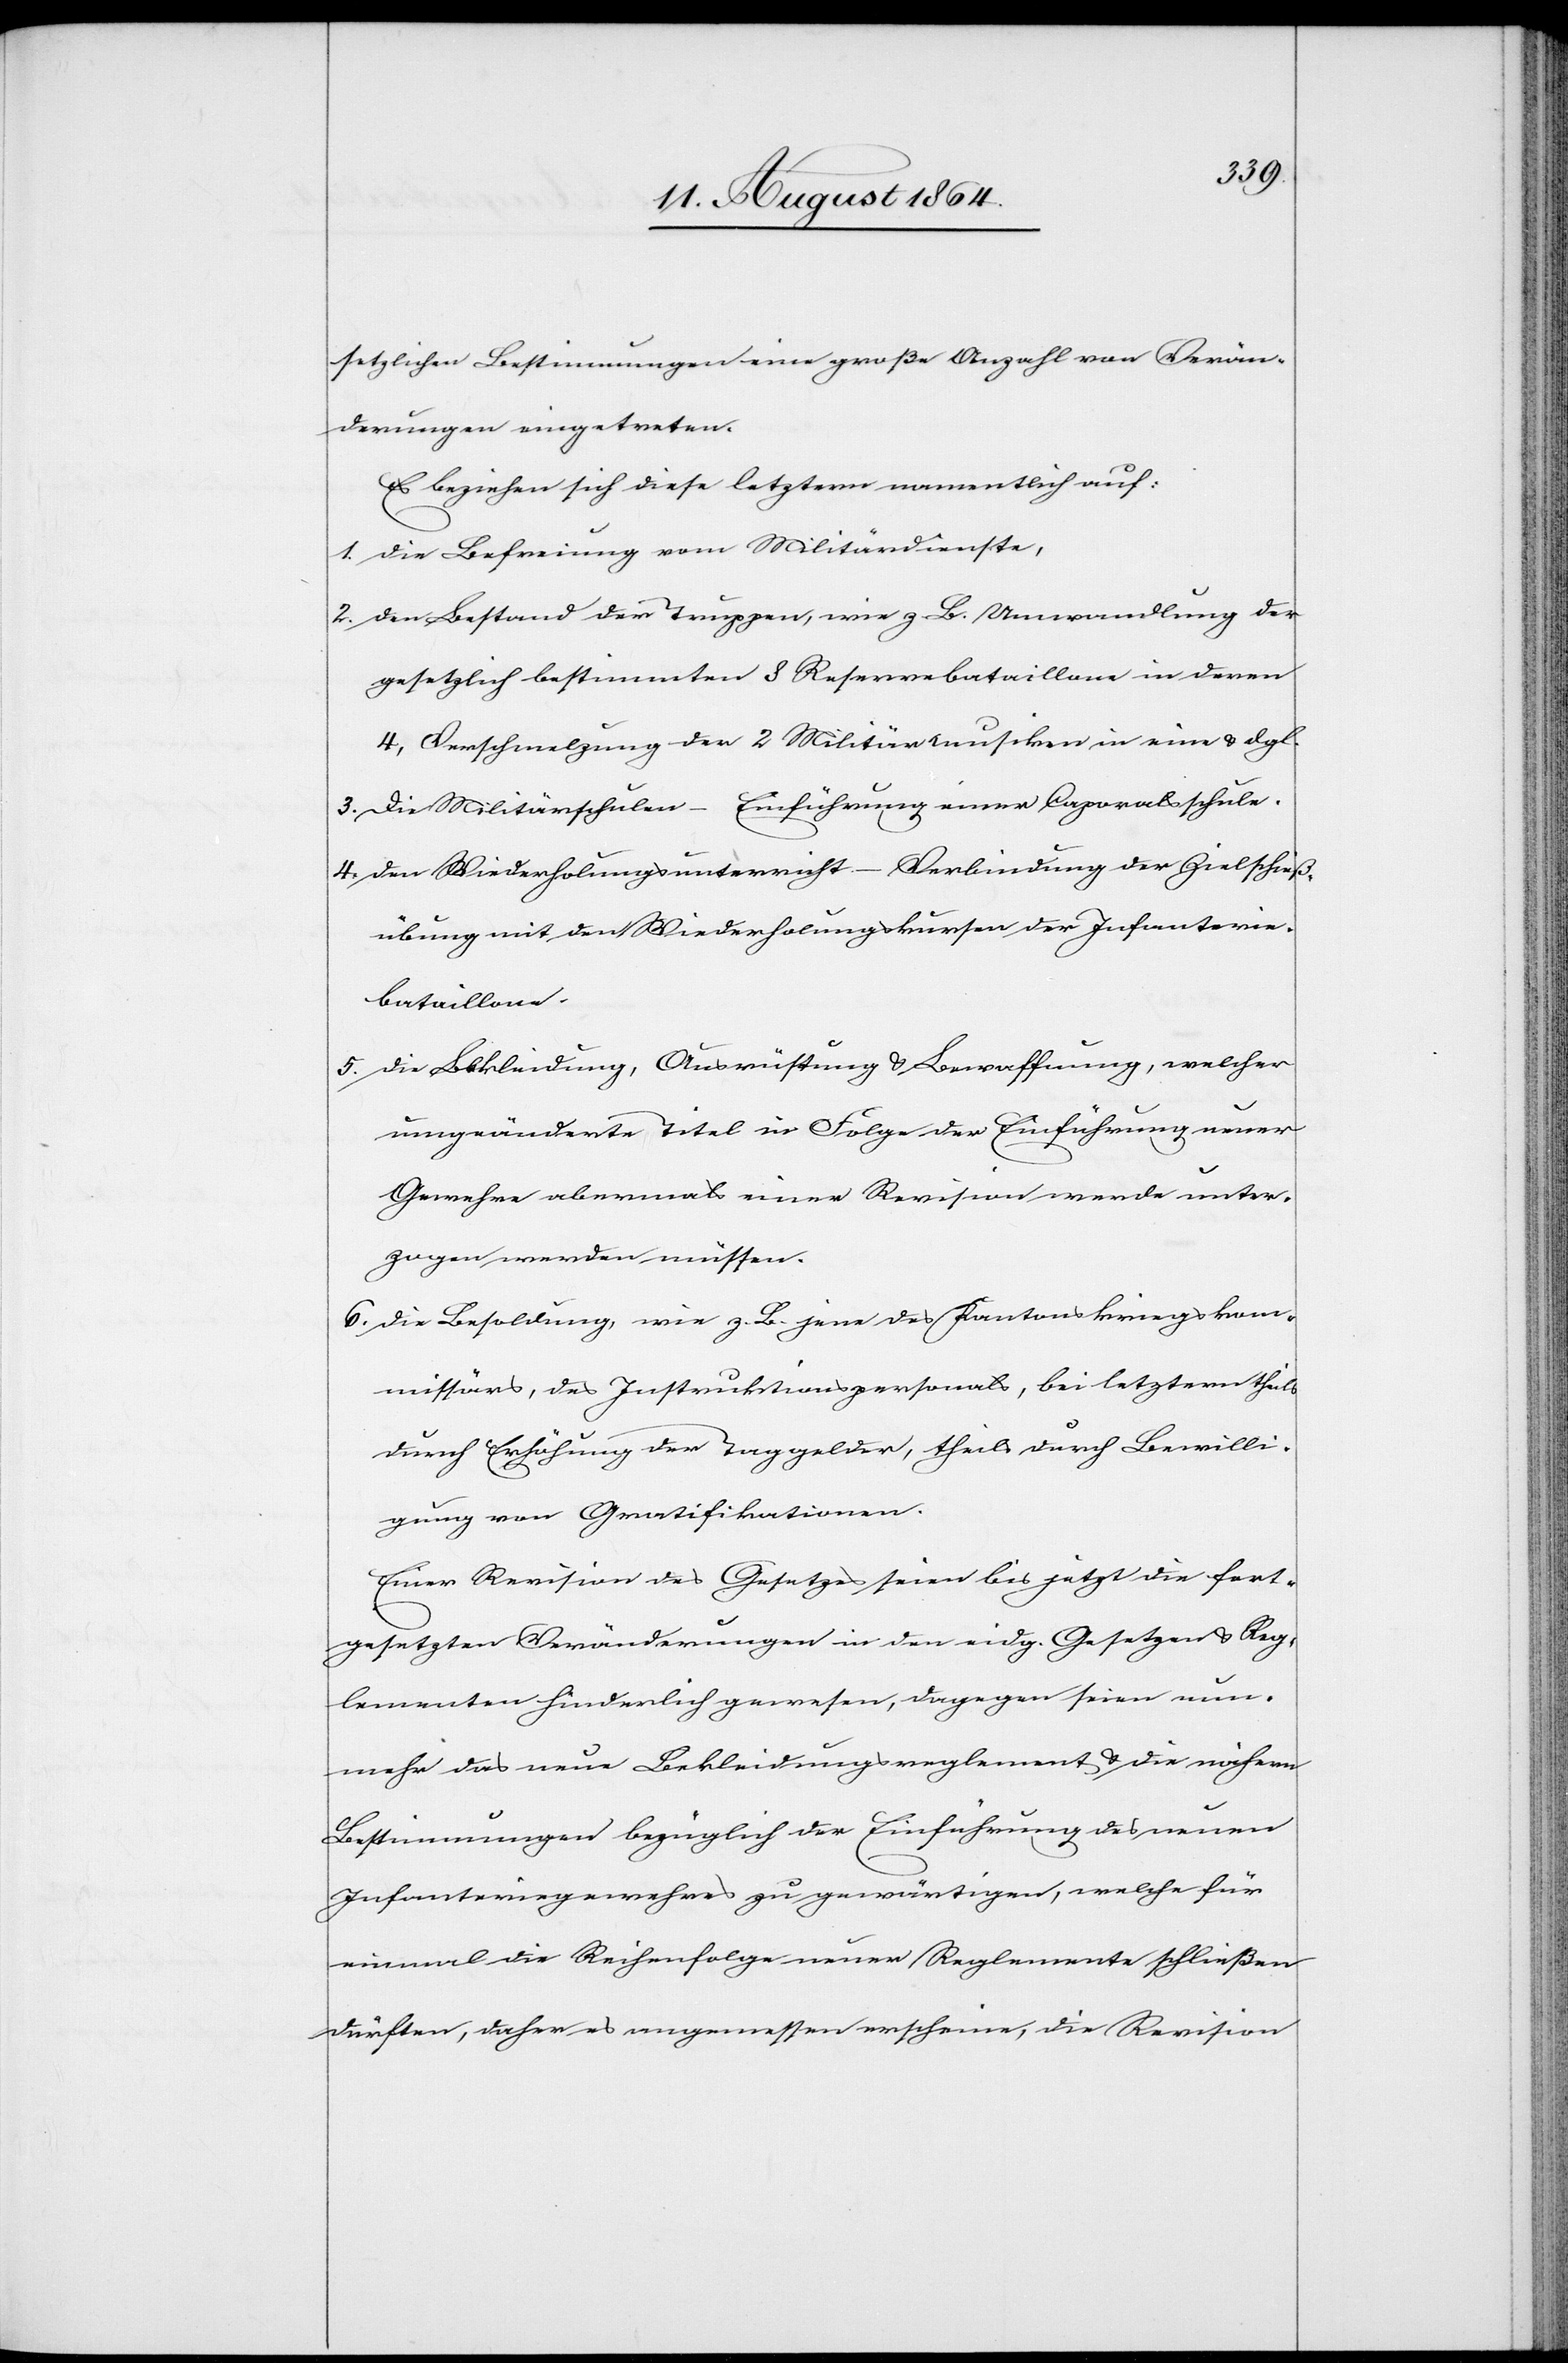
setzlichen Bestimmungen eine große Anzahl von Verän¬
derungen eingetreten.
Es beziehen sich diese letzteren namentlich auf:
1.	die Befreiung vom Militärdienste,
2. 	den Bestand der Truppen, wie z. B. Umwandlung der
gesetzlich bestimmten 8 Reservebataillone in deren
4, Verschmelzung der 2 Militärmusiken in eine & dgl.
3. 	Die Militärschulen – Einführung einer Caporalsschule
4.	den Wiederholungsunterricht – Verbindung der Zielschuß¬
übung mit den Wiederholungskursen der Infanterie¬
bataillone.
5.	die Bekleidung, Ausrüstung & Bewaffnung, welcher
ungeänderte Titel in Folge der Einführung neuer
Gewehre abermals einer Revision werde unter¬
zogen werden müssen.
6.	die Besoldung, wie z. B. jene des Kantonskriegskom¬
missärs, des Instruktionspersonals, bei letztern theils
durch Erhöhung der Taggelder, theils durch Bewilli¬
gung von Gratifikationen.
Einer Revision des Gesetzes seien bis jetzt die fort¬
gesetzten Veränderungen in den eidg. Gesetzen & Reg¬
lementen hinderlich gewesen, dagegen seien nun¬
mehr das neue Bekleidungsreglement & die nähern
Bestimmungen bezüglich der Einführung des neuen
Infanteriegewehres zu gewärtigen, welche für
einmal die Reihenfolge neuer Reglemente schließen
dürften, daher es angemessen erscheine, die Revision